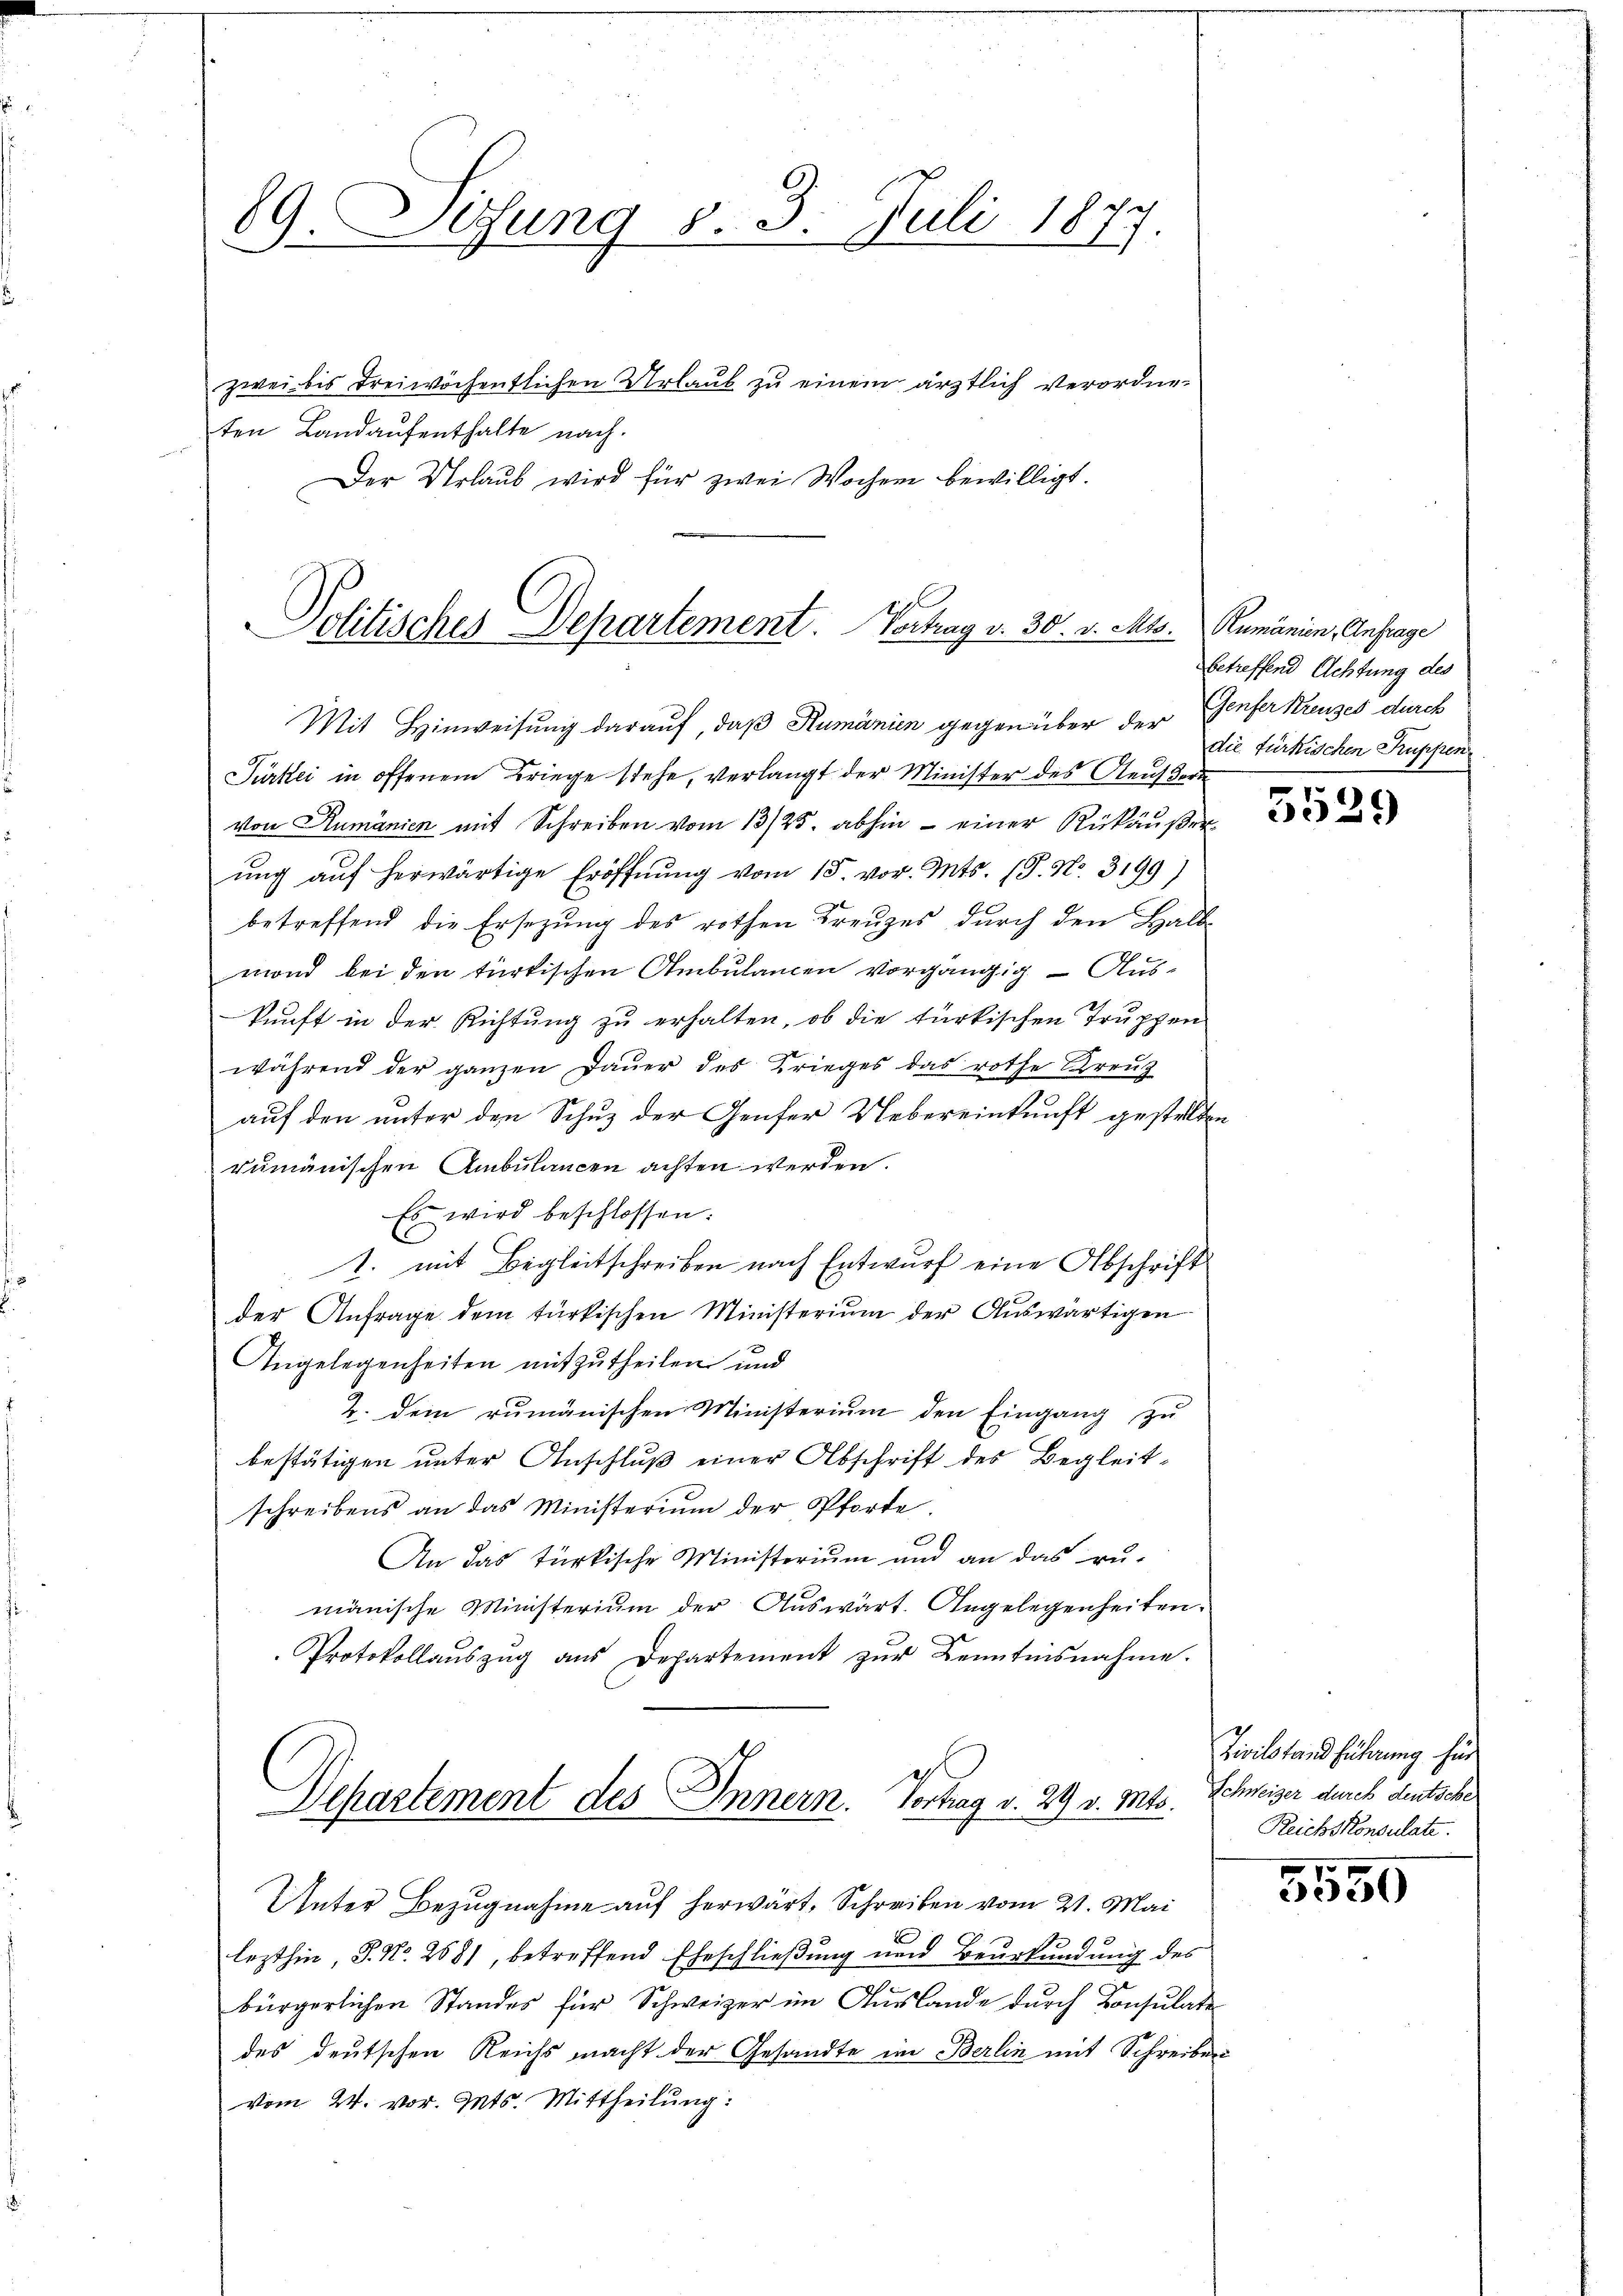
89. Sifung v. 3. Juli 1877
zwei bis dreiwöchentlichen Urlaub zu einem ärztlich Verordneten Landaŭfenthalte nach.
Der Urlaub wird für zwei Wochen bewilligt.

Politisches Departement. Vortrag v. 30. v. Mts. Rumänien, Anfrage

Turtei in offenem Kriege stehe, verlangt der Minister des Aeußern
Von Rumänien mit Schreiben vom 13/25. abhin - einer Rückäußerung aŭf herwärtige Eröffnung vom 15. vor. Mts. (T. No. 3199)
betreffend die Ersezung des rothen Kreuzes durch den Halb-
mond bei den türkischen Ambulanten vorgängig. – Auskunft in der Richtung zu erhalten, ob die türkischen Truppen
während der ganzen Daŭer des Krieges das rothe Kreŭz
auf den unter den Schuz der Genfer Uebereinkunft gestellten
dumänischen Ambulancen achten werden.
Es wird beschlossen:
C
2. mit Begleitschreiben nach Entwurf eine Abschrift
der Anfrage dem türkischen Ministerium der Auswärtigen
Angelegenheiten mitzutheilen und
2. dem rumänischen Ministerium den Eingang zu
bestätigen unter Anschluß einer Abschrift des Begleitschreibens an das Ministerium der Pforte.
0.
An das türkische Ministerium und an das rumänische Ministerium der Auswärt. Angelegenheiten:
Protokollaŭszŭg aŭs Departement zŭr Kenntnisnahme.
Dehastement des Innern. Vortrag v. 29 v. Mts.
Unter Bezugnahme auf herwärt, Schreiben vom 21. Mai
lezthin, J. No. 2681, betreffend Eheschließung und Beurkundung des
bürgerlichen Standes für Schweizer im Auslande durch Consulate
des deutschen Reichs macht der Gesandte im Berlin mit Schreiben
vom 24. vor. Mts. Mittheilung:

Mit Hinweisung darauf, daß Rumänien gegen über der Genfer Kreuzes durch

betreffend Achtung des
die fürkischen Truppen

5529

Zivilstand führung für
Schweizer durch deutsche
Reichskonsulate.

5550